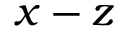
x - z